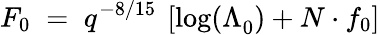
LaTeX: F_{0}\; =\; q^{-8/15}\: \left[\log(\Lambda_{0}^{})+N\cdot f_{0}\right]